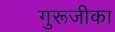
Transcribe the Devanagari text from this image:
गुरूजीका